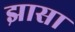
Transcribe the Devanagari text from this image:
झासा